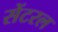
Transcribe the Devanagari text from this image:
सेंटरल